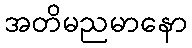
အတိမညမာနော